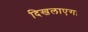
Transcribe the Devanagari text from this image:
दिखलाएगा